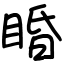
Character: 睧